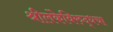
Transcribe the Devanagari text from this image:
श्रीलंकेविरुद्धचा